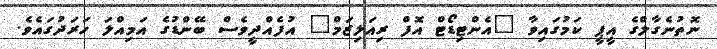
ނޮތުނެގާލްގެ އީޕީ ކަމުގައިވާ "އެންޓިޑޯޓް އޮފް ރިއަލިޒަމް" އުފެއްދީވެސް ބޭންޑުގެ އަމިއްލަ ހަރަދުގައެވެ.